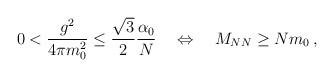
LaTeX: \begin{align*}0<\frac{g^2}{4\pi m_0^2}\leq\frac{\sqrt{3}}{2}\frac{\alpha_0}{N}\quad\Leftrightarrow\quad M_{NN}\geq Nm_0\,,\end{align*}